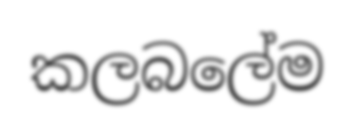
කලබලේම